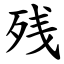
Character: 残